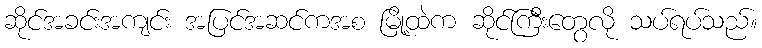
ဆိုင်အခင်းအကျင်း အပြင်အဆင်ကအစ မြို့ထဲက ဆိုင်ကြီးတွေလို သပ်ရပ်သည်။